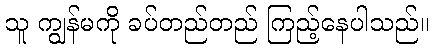
သူ ကျွန်မကို ခပ်တည်တည် ကြည့်နေပါသည်။